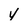
Character: v